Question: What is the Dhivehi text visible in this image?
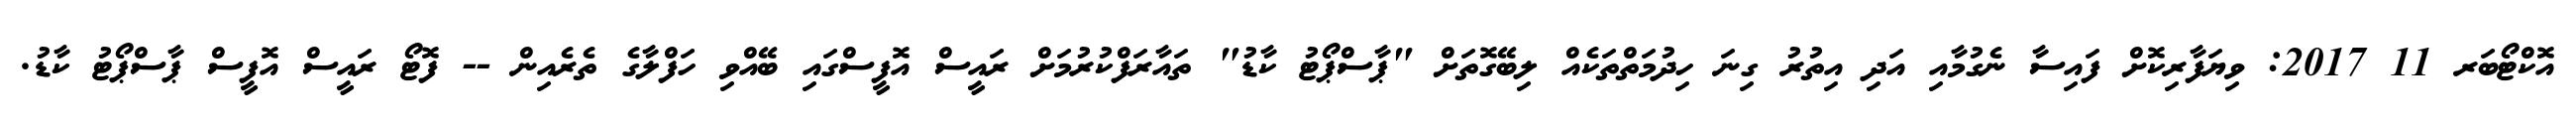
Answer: އޮކްޓޯބަރ 11 2017: ވިޔަފާރިކޮށް ފައިސާ ނެގުމާއި އަދި އިތުރު ގިނަ ހިދުމަތްތަކެއް ލިބޭގޮތަށް "ޕާސްޕޯޓު ކާޑު" ތައާރަފްކުރުމަށް ރައީސް އޮފީސްގައި ބޭއްވި ހަފްލާގެ ތެރެއިން -- ފޮޓޯ ރައީސް އޮފީސް ޕާސްޕޯޓު ކާޑު.